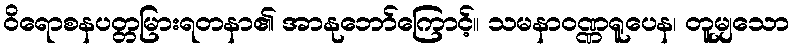
ဝိရောစနပတ္တမြားရတနာ၏ အာနုဘော်ကြောင့်။ သမနာဝဏ္ဏရူပေန၊ တူမျှသော